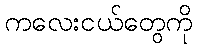
ကလေးငယ်တွေကို